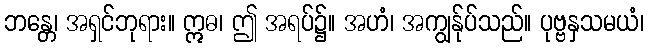
ဘန္တေ၊ အရှင်ဘုရား။ ဣဓ၊ ဤ အရပ်၌။ အဟံ၊ အကျွန်ုပ်သည်။ ပုဗ္ဗနှသမယံ၊